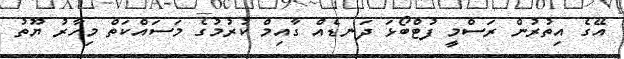
އޭގެ އިތުރުން ރަސްމީ ފުޓްބޯޅަ ދަނޑެއް ގާއިމް ކުރުމުގެ މަސައްކަތް މިހާރު ޔޫތު